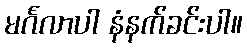
မင်္ဂလာပါ နံနက်ခင်းပါ။